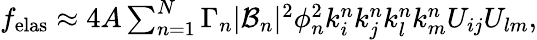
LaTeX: \begin{array}{r}{f_{\mathrm{elas}}\approx 4A\sum_{n=1}^{N}\Gamma_{n}|\mathcal{B}_{n}|^{2}\phi_{n}^{2}k_{i}^{n}k_{j}^{n}k_{l}^{n}k_{m}^{n}U_{ij}U_{lm},}\end{array}